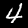
Digit: 4